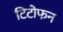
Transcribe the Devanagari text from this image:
टिटोफन